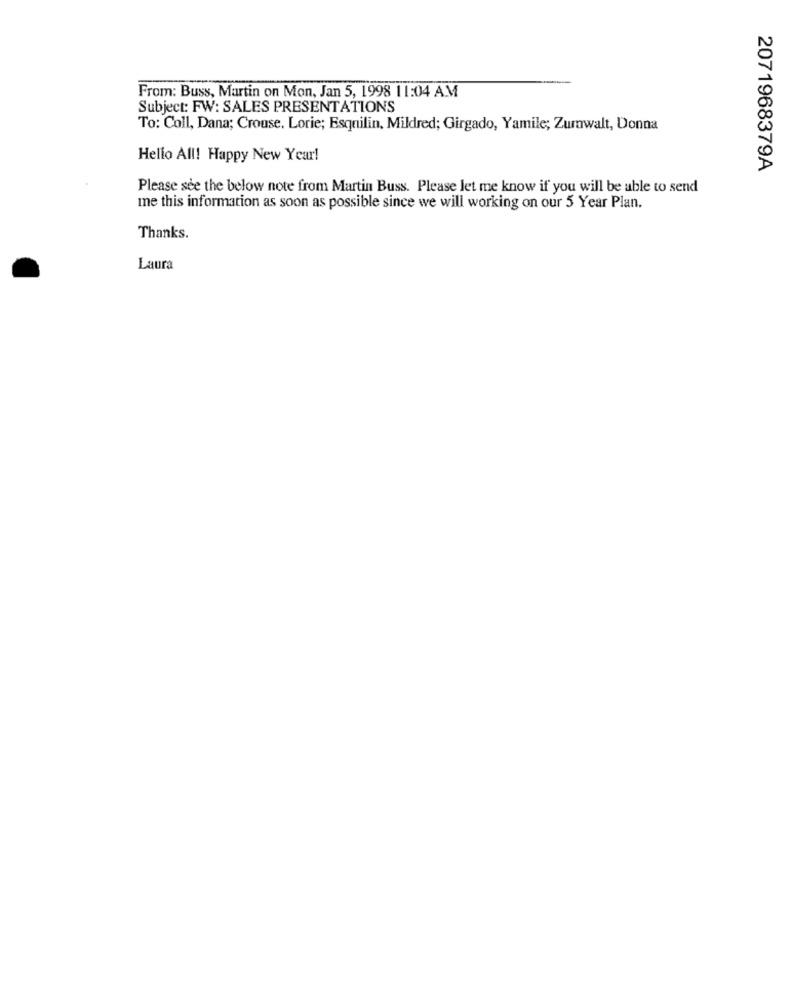
From: Buss, Martin on Mon, Jan 5, 1998 11:04 AM
Subject: FW: SALES PRESENTATIONS
To: Coll, Dana; Crouse. Lorie; Esquilin, Mildred; Girgado, Yamile; Zumwalt, Donna
Hello All! Happy New Year!
2071968379A
Please see the below note from Martin Buss. Please let me know if you will be able to send
me this information as soon as possible since we will working on our 5 Year Plan.
Thanks.
Laura